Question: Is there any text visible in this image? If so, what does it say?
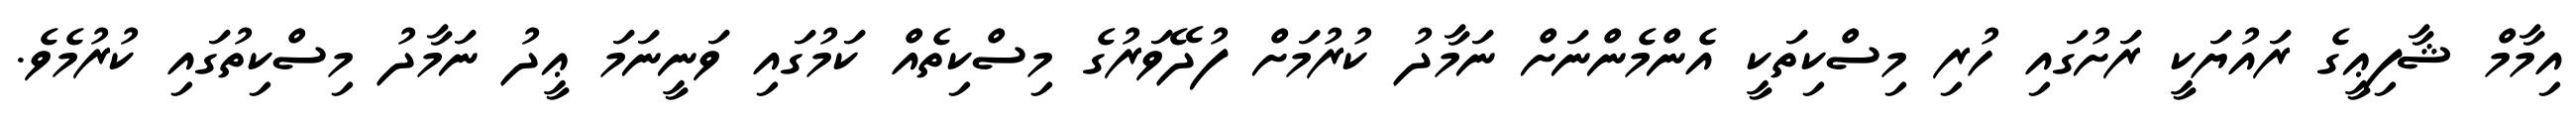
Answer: އިމާމް ޝާފިޢީގެ ރައުޔަކީ ރަށުގައި ހުރި މިސްކިތަކީ އެންމެންނަށް ނަމާދު ކުރުމަށް ފުދޭވަރުގެ މިސްކިތެއް ކަމުގައި ވަނީނަމަ ޢީދު ނަމާދު މިސްކިތުގައި ކުރުމެވެ.